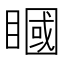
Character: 𥊞